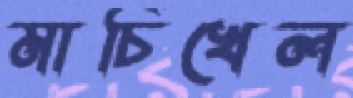
মাচিখেল